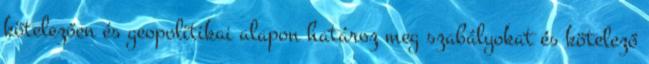
kötelezően és geopolitikai alapon határoz meg szabályokat és kötelező